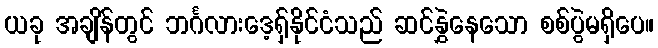
ယခု အချိန်တွင် ဘင်္ဂလားဒေ့ရှ်နိုင်ငံသည် ဆင်နွှဲနေသော စစ်ပွဲမရှိပေ။